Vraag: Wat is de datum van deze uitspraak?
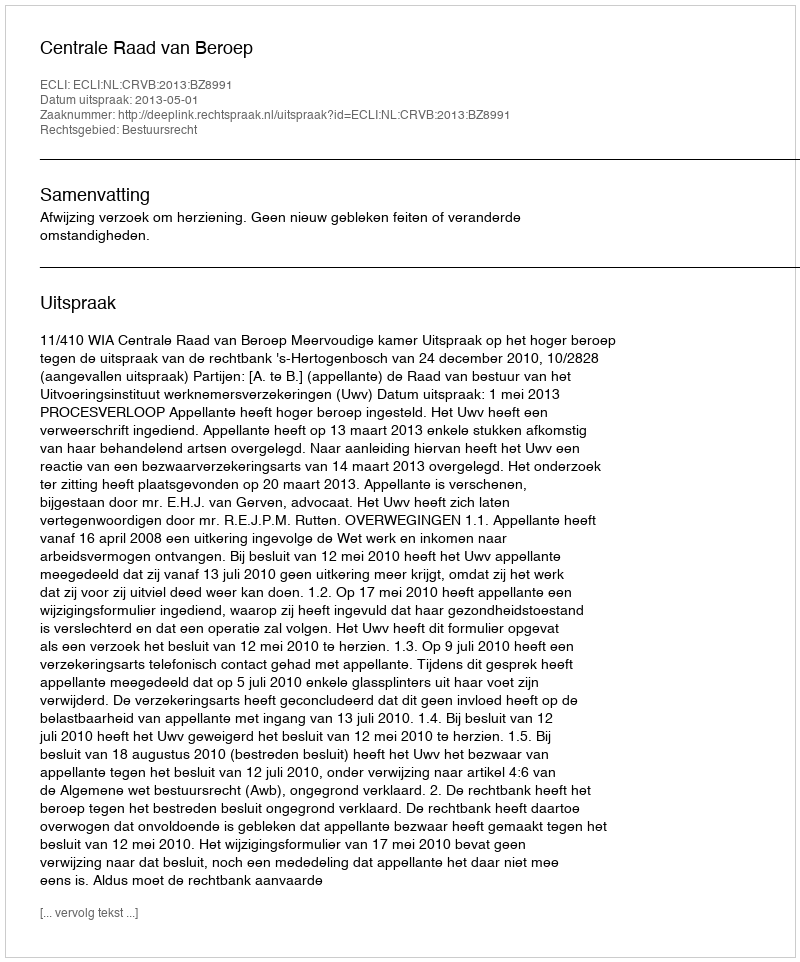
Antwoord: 2013-05-01